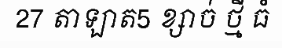
27 តាឡាត5 ខ្សាច់ ថ្មី ធំ